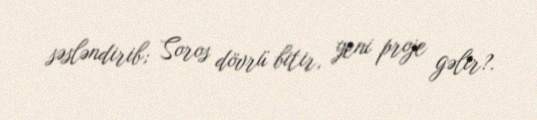
səsləndirib; Soros dövrü bitir, yeni proje gəlir?.